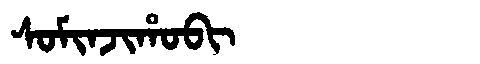
Manchu: ᠰᠣᠮᡳᠨᠵᡳᡥᠣᠪᡳ
Romanization: SOMINJIHOBI